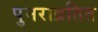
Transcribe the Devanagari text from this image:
पुनराव्रतित